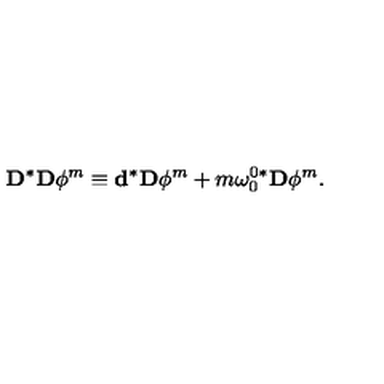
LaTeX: \mathbf { D } ^ { \ast } \mathbf { D } \phi ^ { m } \equiv \mathbf { d } ^ { \ast } \mathbf { D } \phi ^ { m } + m \mathbf { \omega } _ { 0 } ^ { 0 \ast } \mathbf { D } \phi ^ { m } .